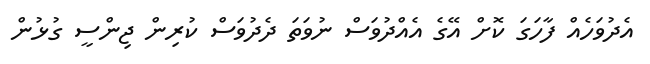
އެދުވަހެއް ފާހަގަ ކޮށް އޭގެ އެއްދުވަސް ނުވަތަ ދެދުވަސް ކުރިން ޖިންސީ ގުޅުން